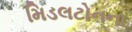
મિડલટોનના